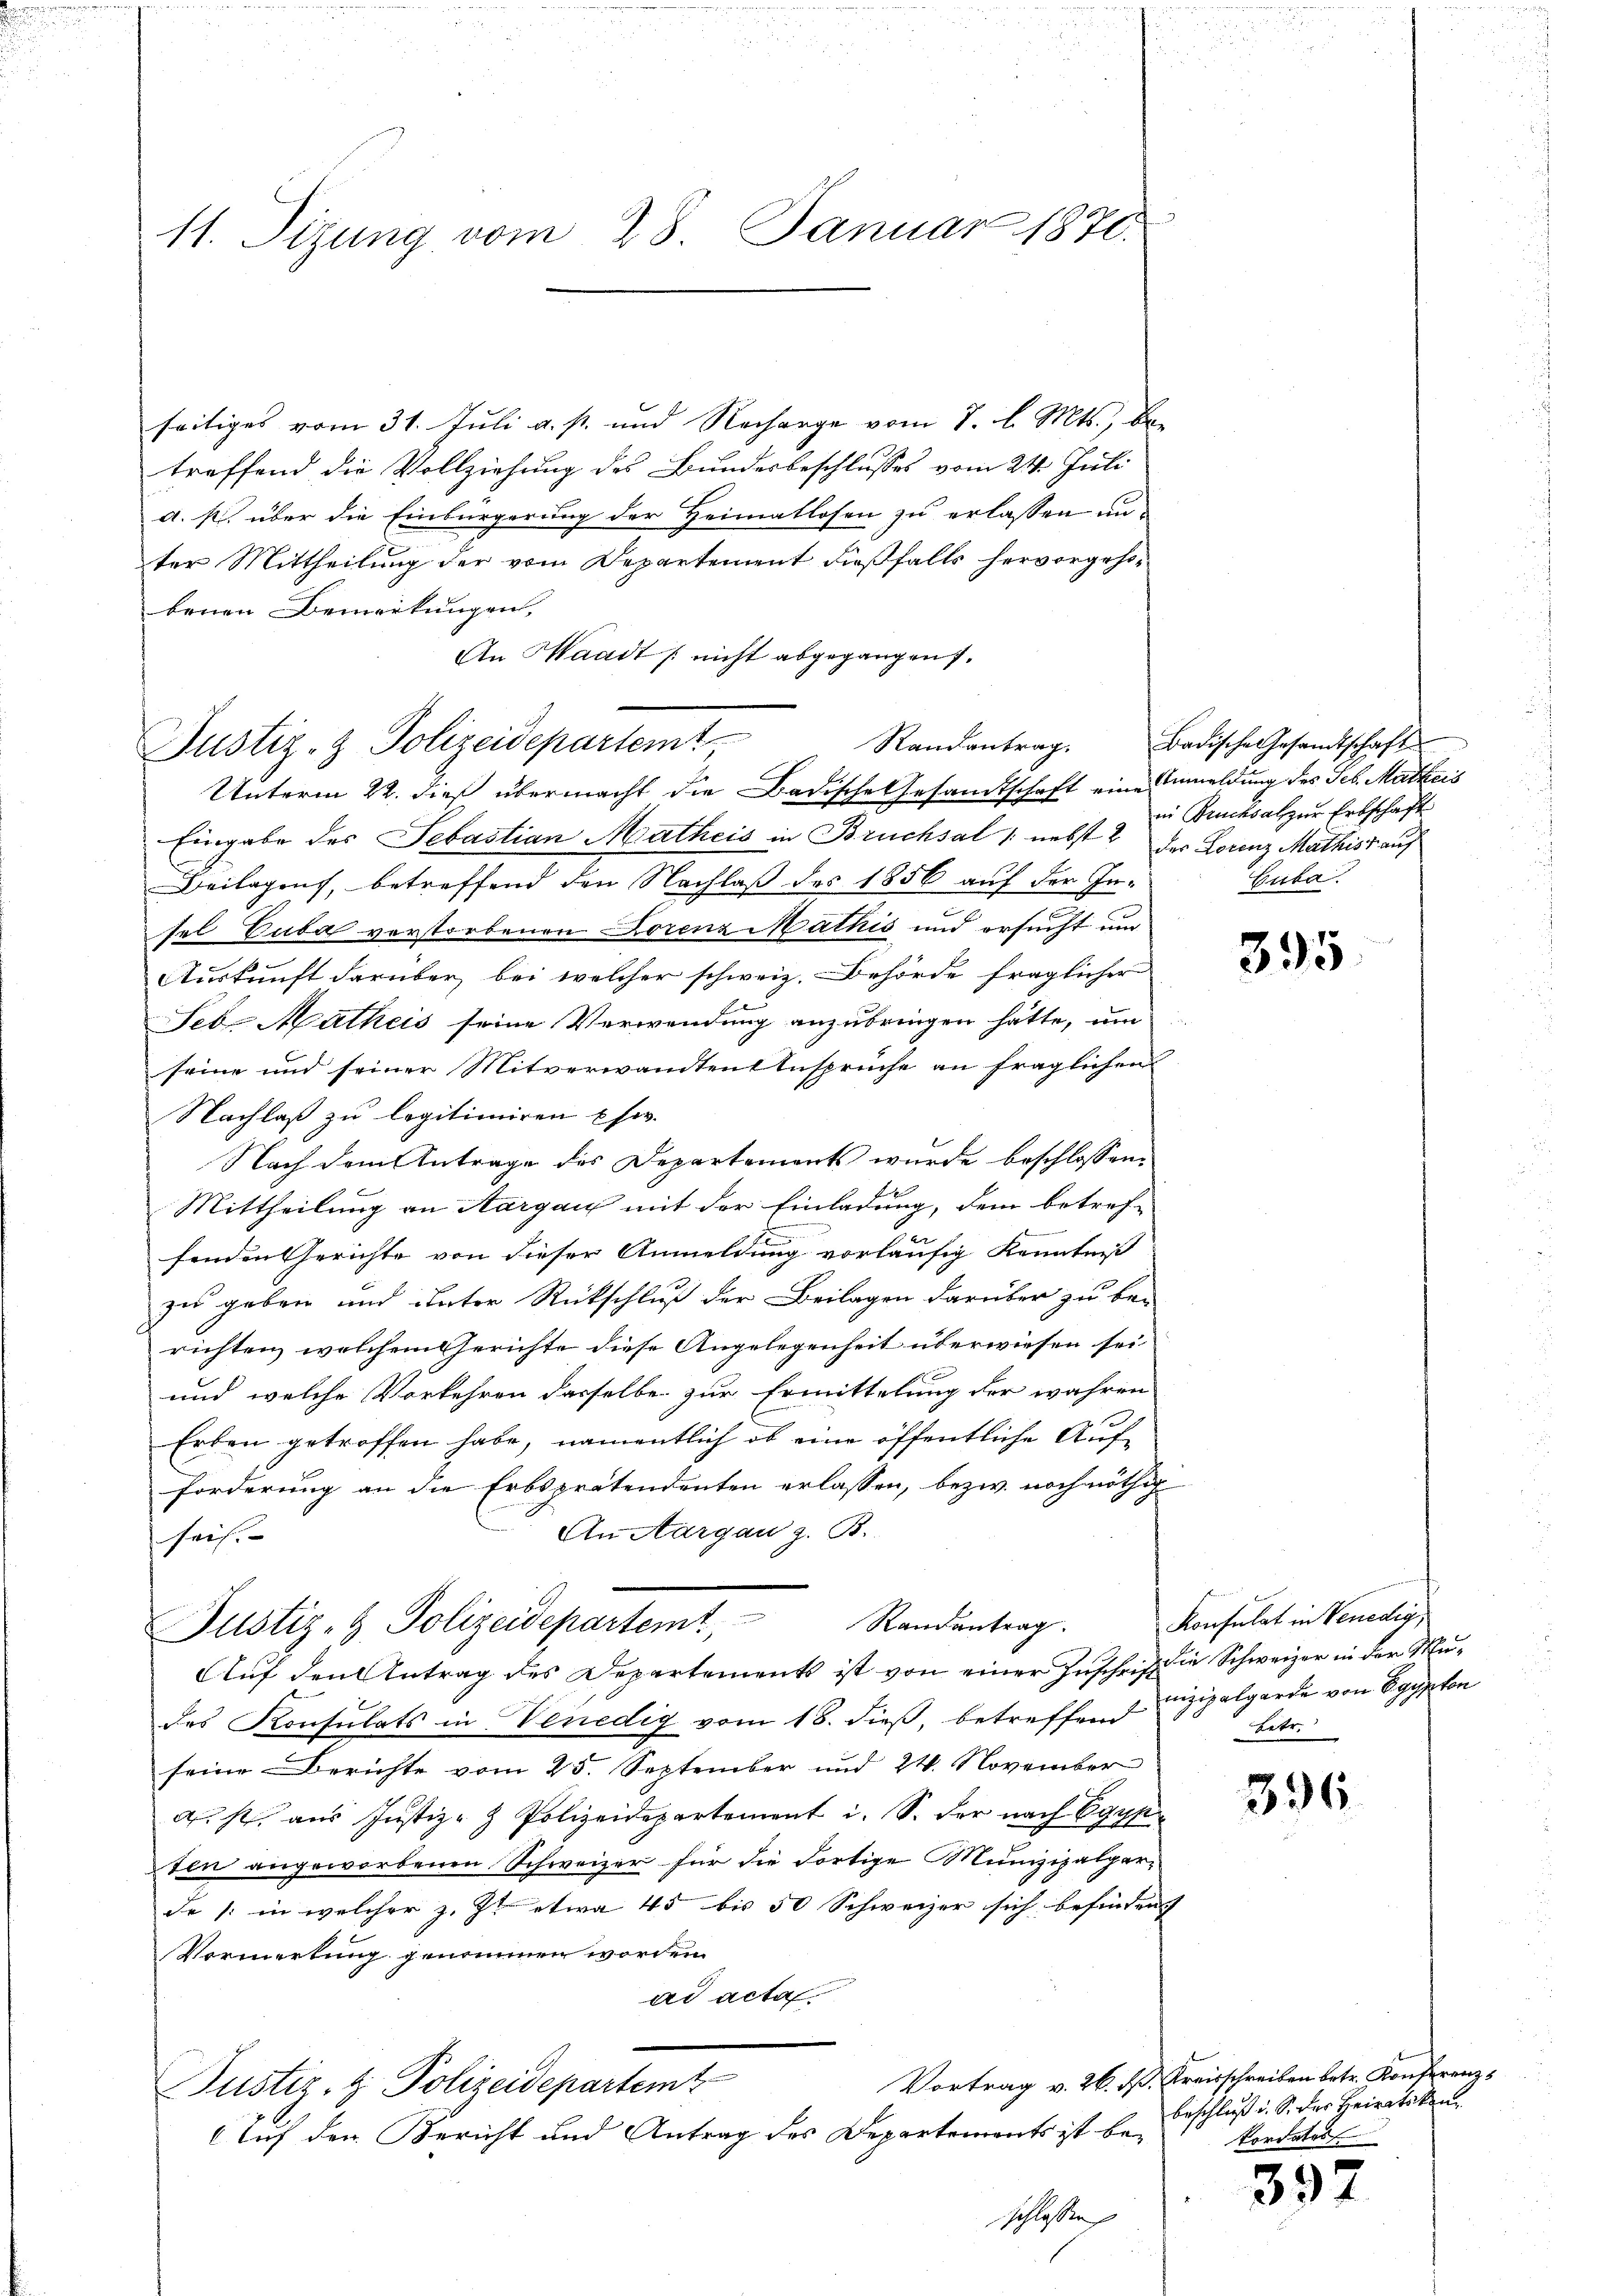
11. Sizung vom 28. Januar 1870.

seitiges vom 31. Juli a. p. und Recharge vom 7. d. Mts., betreffend die Vollziehung des Bundesbeschlusses vom 24. Juli
a. p. über die Einbürgerung der Heimatlosen zu erlassen unter Mittheilung der vom Departement dießfalls hervorgehobenen Bemerkungen,
An Waadt nicht abgegangen.
Unterm 22. dieß übermacht die Badische Gesandtschaft eine Anmeldung des Seb. Markeis
Eingabe des Sebastian Matheis in Bruchsal /: nebst 2 der Lorenz Mathiss auf
Beilagen, betreffend den Nachlaß des 1856 auf der Infel Cuba verstorbenen Lorenz Mathis und ersucht um
Auskunft darüber, bei welcher schweiz. Behörde fraglicher
Seb. Mathes seine Verwendung anzubringen hätte, um
seine und seiner Mitverwandten Ansprüche an fraglichen
Nachlaß zu legitimiren Ehe.
Nach dem Antrage des Departements wurde beschlossen,
Mittheilung an Margau mit der Einladung, dem betref-
fenden Gerichte von dieser Anmeldung vorläufig Kenntniß
zu geben und unter Rückschluß der Beilagen darüber zu be-
richten, welchem Gerichte diese Angelegenheit überwiesen sei
und welche Vorkehren dasselbe zur Ermittelung der wahren
Erben getroffen habe, namentlich ob eine öffentliche Aufforderung an die Erbsprätendenten erlassen, bezw. noch nöthig
An Aargau z. B.
seis. |
Justiz- & Polizeidepartemt, Randantrag.
Auf den Antrag des Departements ist von einer Zuschrift die Schweizer in der Mudes Konsulats in Venedig vom 18. dieß, betreffend Lizipalgarde von Egypten
seine Berichte vom 25. September und 24. November
ist, aus Justiz- & Polizeidepartement i. S. der nach Egyp
sten angeworbenen Schweizer für die Fortige Munizipalper-
de /: in welcher z. Z. etwa 45 bis 50 Schweizer sich befinden
Vormerkung genommen worden.
ad acta.
Vortrag v. 26. ß. Kreisschreiben betr. Konferenz¬
Justiz- & Polizeidepartemt
Auf den Bericht und Antrag des Departements ist beschlossen

Justiz- & Polizeidepartemt,

Randantrag. Badische Gesandtschaft
in Drucksal zur Erbschaft
Cuba.

395

Konsulat in Venedig,
Letr.

396

beschloß u. S. der Heiratskan
kordates

392